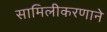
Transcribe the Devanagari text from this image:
सामिलीकरणाने